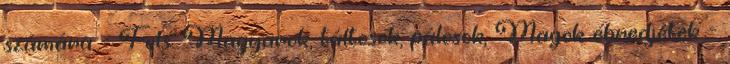
számára - Fels. Magyarok, táltosok, pálosok, Magok ébredjetek -